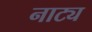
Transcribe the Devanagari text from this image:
नाट्य